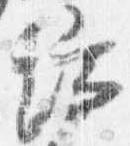
端